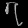
Digit: ၇